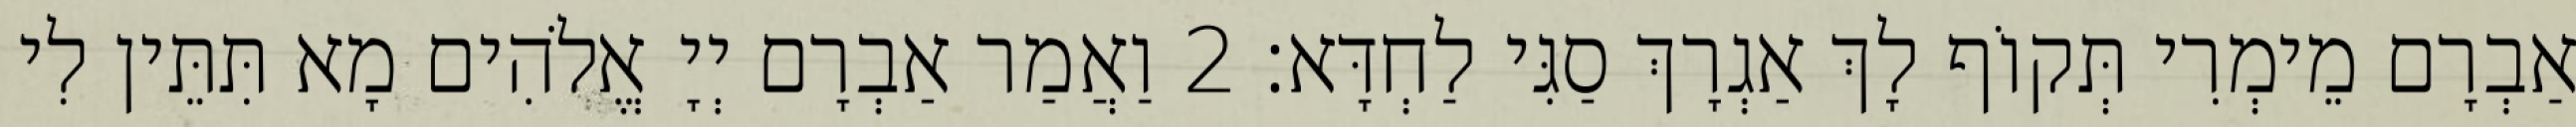
אַבְרָם מֵימְרִי תְּקוֹף לָךְ אַגְרָךְ סַגִּי לַחְדָּא׃ 2 וַאֲמַר אַבְרָם יְיָ אֱלֹהִים מָא תִּתֵּין לִי